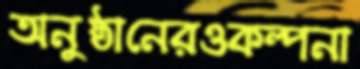
অনুষ্ঠানেরওকল্পনা